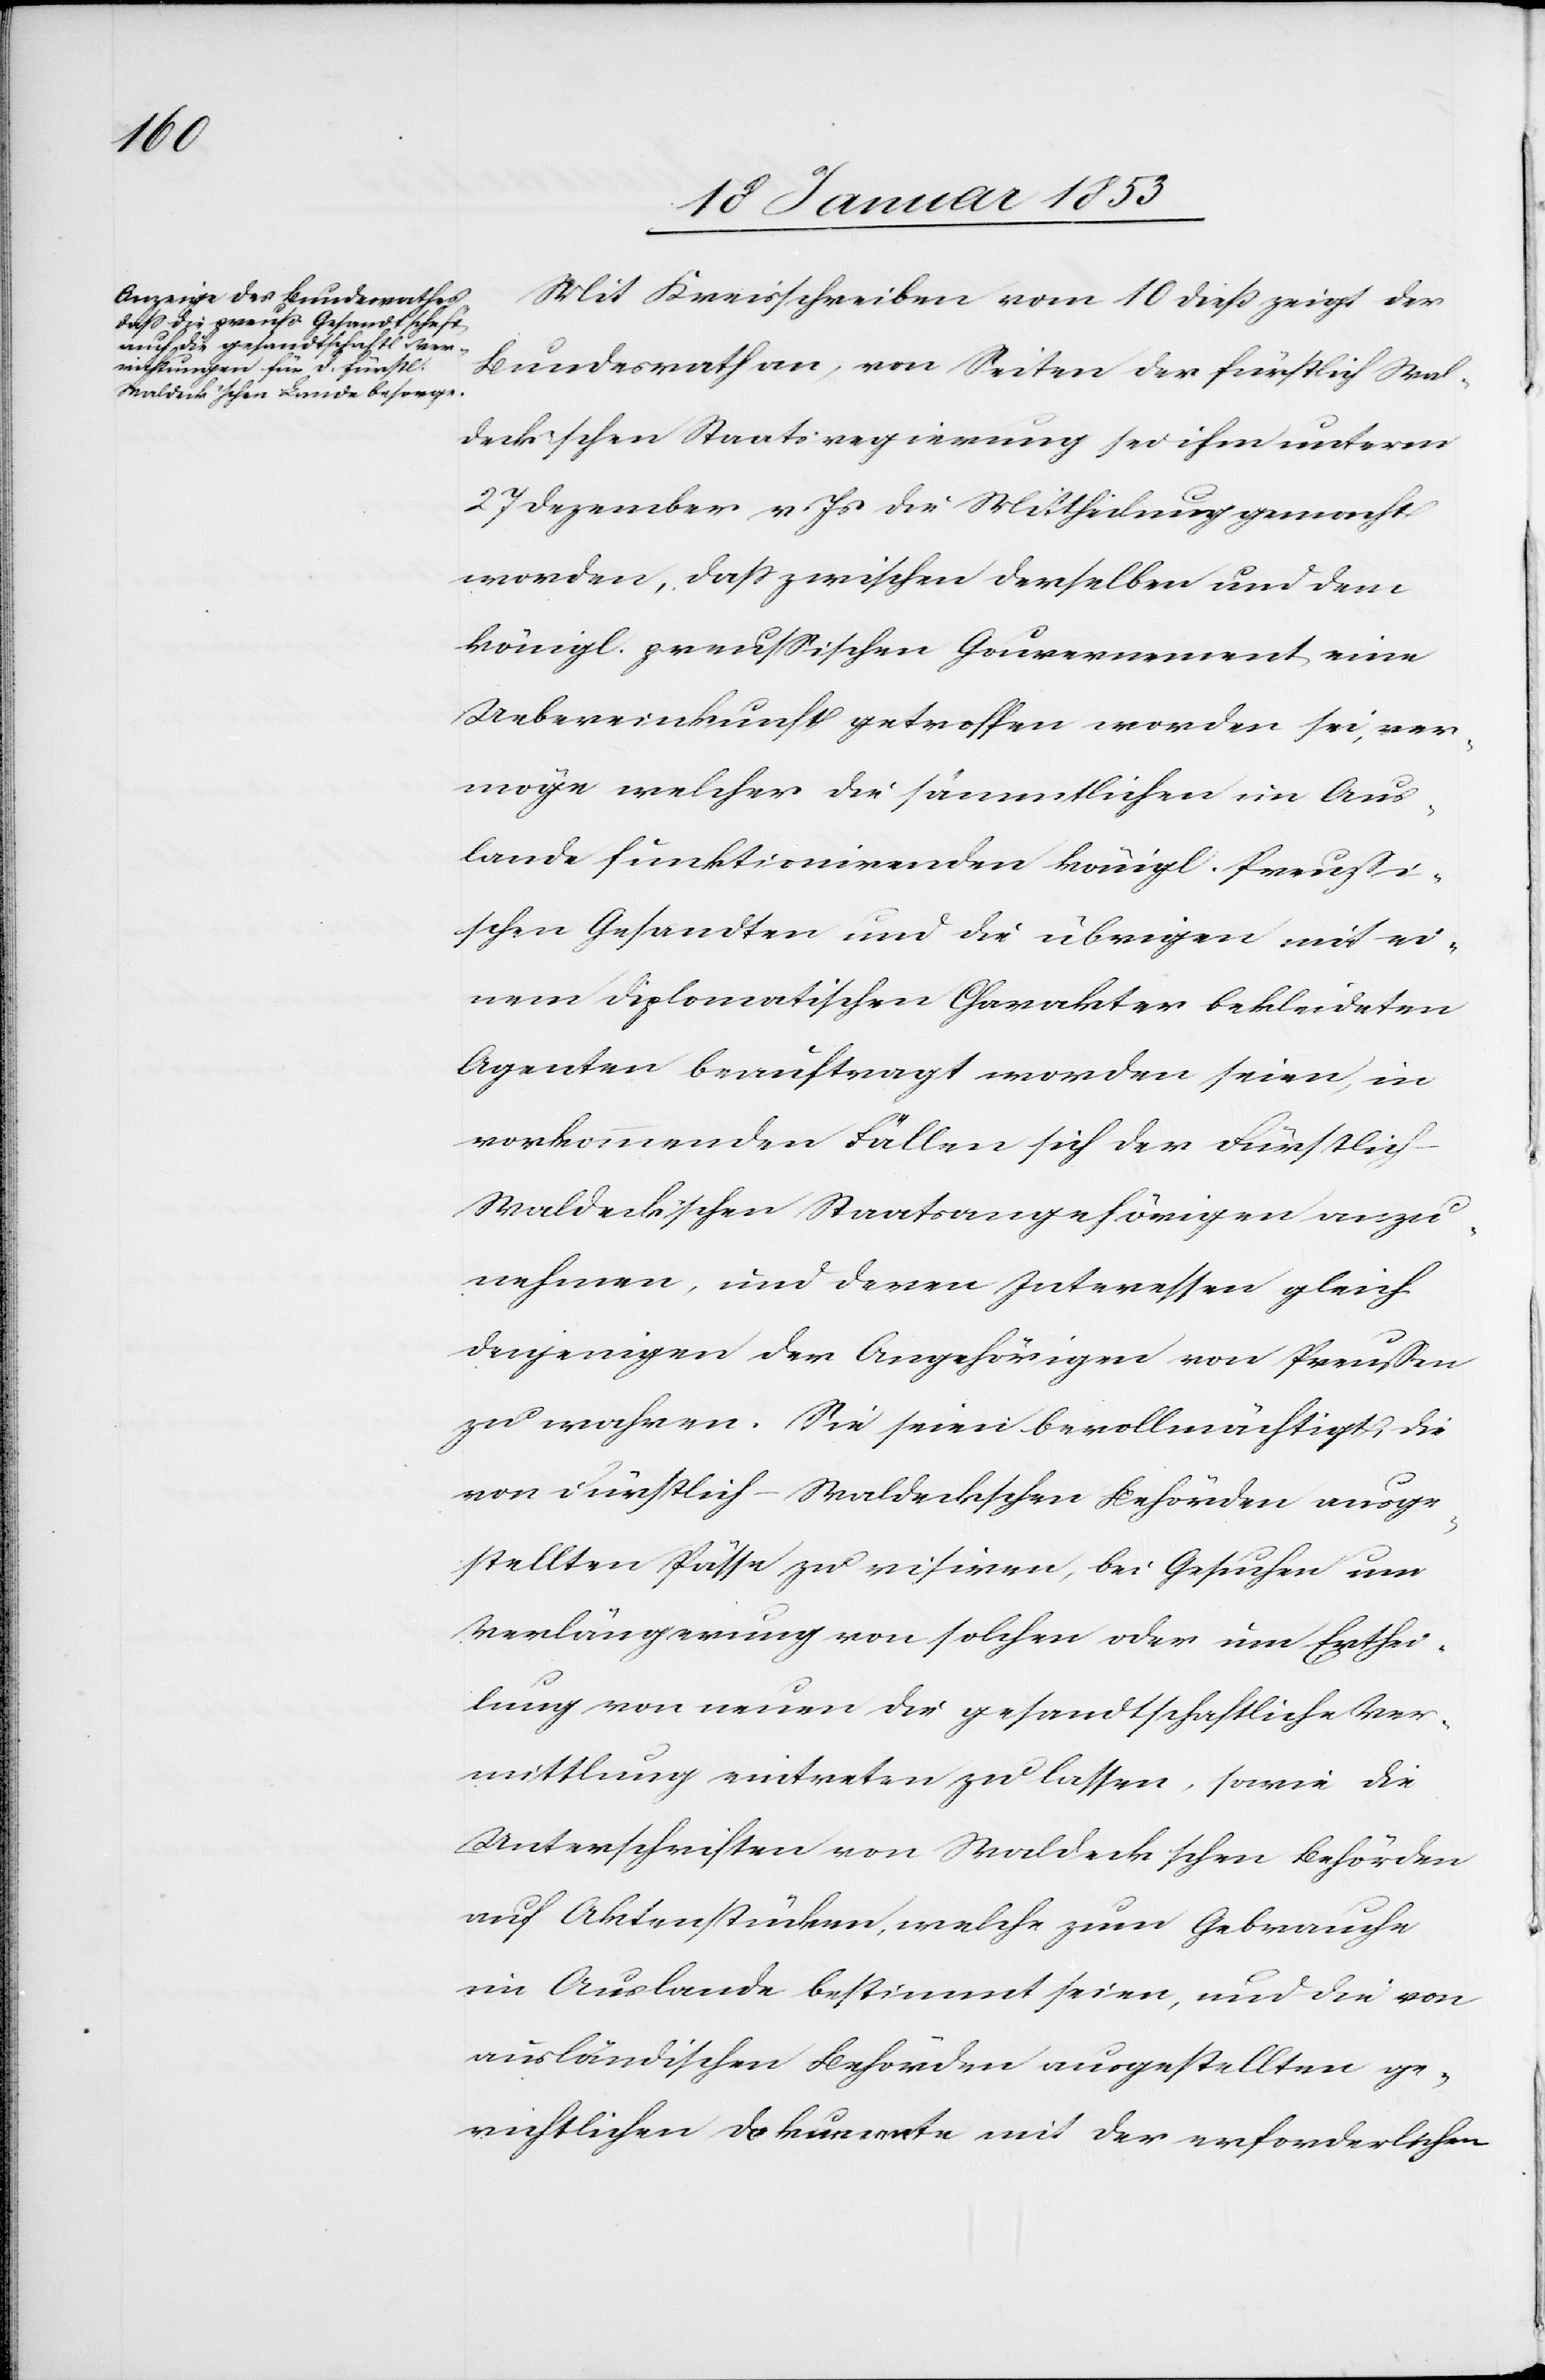
Mit Kreisschreiben vom 10 dieß zeigt der
Bundesrath an, von Seiten der fürstlich Wal¬
deck’schen Staatsregierung sei ihm unterm
27 Dezember v. Js. die Mittheilung gemacht
worden, daß zwischen derselben und dem
königl. preußischen Gouvernement eine
Uebereinkunft getroffen worden sei, ver¬
möge welcher die sämmtlichen im Aus¬
lande funktionirenden königl. Preußi¬
schen Gesandten und die übrigen mit ei¬
nem diplomatischen Charakter bekleideten
Agenten beauftragt worden seien, in
vorkommenden Fällen sich der Fürstlich
Waldeck’schen Staatsangehörigen anzu¬
nehmen, und deren Interessen gleich
denjenigen der Angehörigen von Preußen
zu machen. Sie seien bevollmächtigt, die
von Fürstlich-Waldeck’schen Behörden ausge¬
stellten Pässe zu visiren, bei Gesuchen um
Verlängerung von solchen oder um Erthei¬
lung von neuen die gesandtschaftliche Ver¬
mittlung eintreten zu lassen, sowie die
Unterschriften von Waldeck’schen Behörden
auf Aktenstücken, welche zum Gebrauche
im Auslande bestimmt seien, und die von
ausländischen Behörden ausgestellten ge¬
richtlichen Dekanate mit der erforderlichen